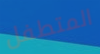
المتطفل